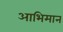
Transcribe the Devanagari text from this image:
आभिमान